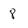
Character: 8